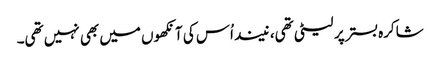
شاکرہ بستر پر لیٹی تھی، نیند اُس کی آنکھوں میں بھی نہیں تھی۔